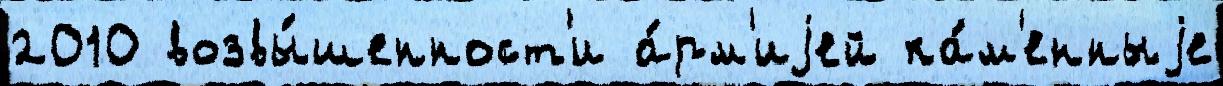
2010 возвы́шенност'и а́рм'иjей ка́м'енныjе